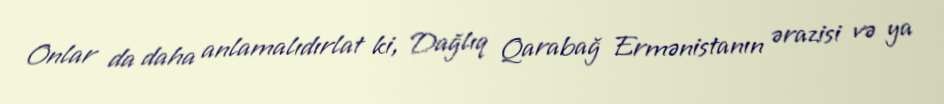
Onlar da daha anlamalıdırlat ki, Dağlıq Qarabağ Ermənistanın ərazisi və ya